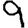
Digit: 9